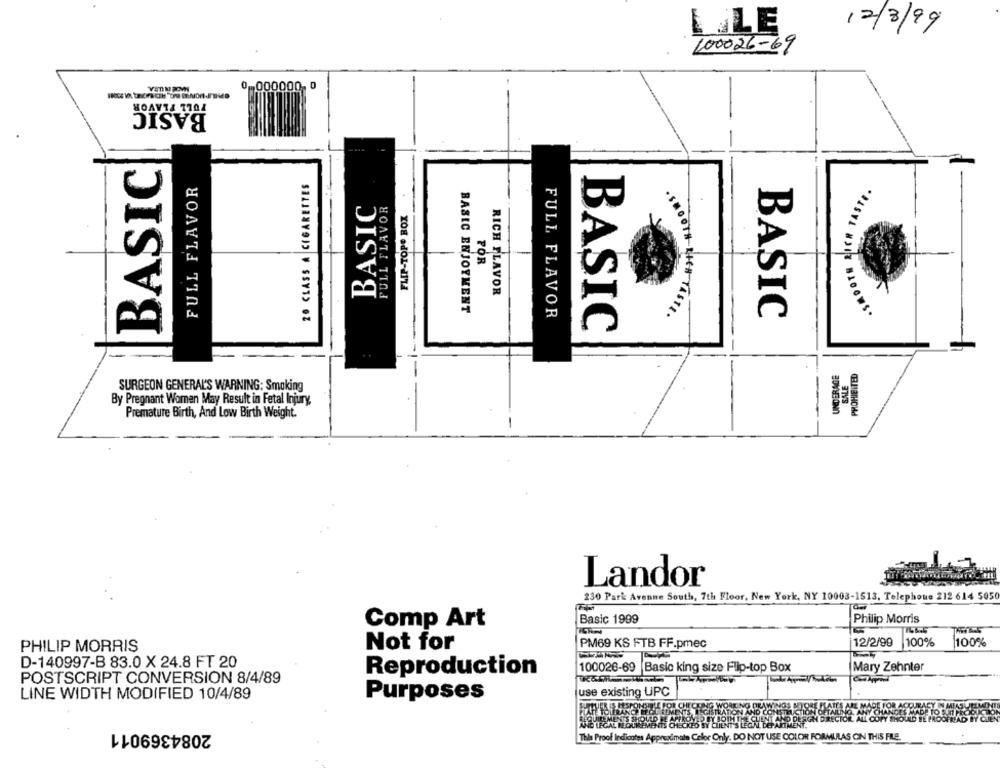
LLE
12/3/99
100026-69
0 ,000000, 0
FULL FLAVOR
BASIC
BASIC
20 CLASS A CIGARETTES
FULL FLAVOR
.SMOOTH RICH TASTE.
BASIC
FULL FLAVOR
FLIP-TOP BOX
FOR
RICH FLAVOR
BASIC ENJOYMENT
FULL FLAVOR
BASIC
.SMOOTH SICH TASTE .
BASIC
UNDERAGE
PROHIBITED
SALE
SURGEON GENERAL'S WARNING: Smoking
By Pregnant Women May Result in Fetal Injury,
Premature Birth, And Low Birth Weight.
Landor
230 Park Avenne South, 7th Floor, New York, NY 10003-1513, Telephone 212 614 5050
Comp Art
Basic 1999
Philip Morris
Not for
PM69 KS FTB FF.pmec
12/2/99
100%
100%
PHILIP MORRIS
D-140997-B 83.0 X 24.8 FT 20
100026-69 Basic king size Flip-top Box
Mary Zehnter
Reproduction
POSTSCRIPT CONVERSION 8/4/89
use existing LiPC
LINE WIDTH MODIFIED 10/4/89
Purposes
DRAW
ATES ARE MADE!
2084369011
BY CLIENT'S LEGAL DEPARTMENT.
This Proof Indicates Approximate Celor Only. DO NOT USE COLOR FORMULAS ON THIS FILE.